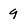
Character: 9